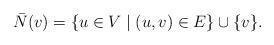
LaTeX: \begin{align*}\bar{N}(v) = \{u\in V\mid (u,v)\in E\} \cup \{v\}.\end{align*}